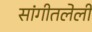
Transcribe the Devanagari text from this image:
सांगीतलेली